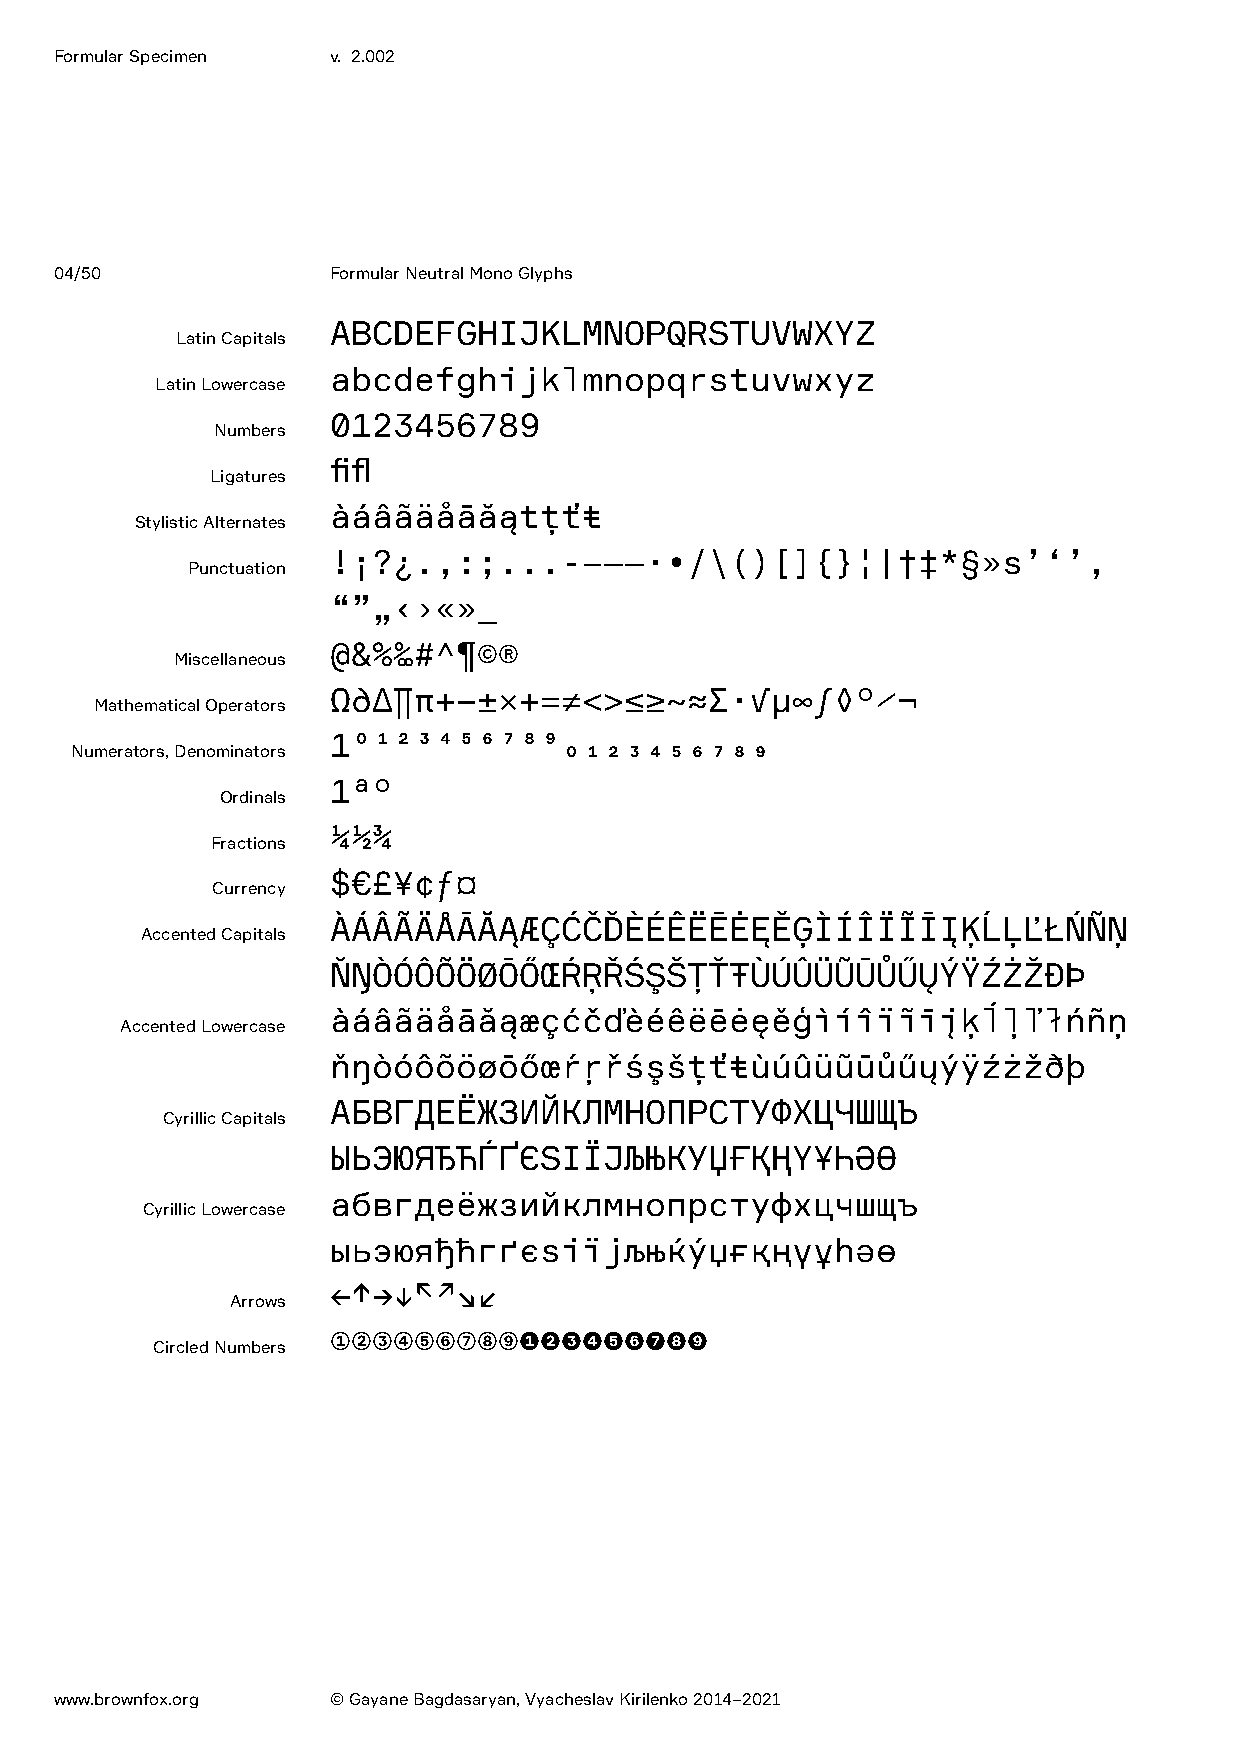
Formular Specimen v. 2.002
 04/50             Formular Neutral Mono Glyphs
 ABCDEFGHIJKLMNOPQRSTUVWXYZ
 Latin Capitals
 abcdefghijklmnopqrstuvwxyz
 Latin Lowercase
 0123456789
 Numbers
 fifl
 Ligatures
 àáâãäåāăątţťŧ
 Stylistic Alternates
 !¡?¿.,:;...-–——·•/\()[]{}¦|†‡*§»s’‘’‚
 Punctuation
 “”„‹›«»_
 @&%‰#^¶©®
 Miscellaneous
 Ω∂∆∏π+−±×÷=≠<>≤≥~≈∑·√μ∞∫◊°⁄¬
 Mathematical Operators
 101234567890123456789
 Numerators, Denominators
 1ª°
 Ordinals
 ¼½¾
 Fractions
 $€£¥¢ƒ¤
 Currency
 ÀÁÂÃÄÅĀĂĄÆÇĆČĎÈÉÊËĒĖĘĚĢÌÍÎÏĨĪĮĶĹĻĽŁŃÑŅ
 Accented Capitals
 ŇŊÒÓÔÕÖØŌŐŒŔŖŘŚŞŠŢŤŦÙÚÛÜŨŪŮŰŲÝŸŹŻŽÐÞ
 àáâãäåāăąæçćčďèéêëēėęěģìíîïĩīįķĺļľłńñņ
 Accented Lowercase
 ňŋòóôõöøōőœŕŗřśşšţťŧùúûüũūůűųýÿźżžðþ
 АБВГДЕЁЖЗИЙКЛМНОПРСТУФХЦЧШЩЪ
 Cyrillic Capitals
 ЫЬЭЮЯЂЋЃҐЄЅІЇЈЉЊЌЎЏҒҚҢҮҰҺӘӨ
 абвгдеёжзийклмнопрстуфхцчшщъ
 Cyrillic Lowercase
 ыьэюяђћѓґєsіїјљњќўџғқңүұһәө
 ←↑→↓↖↗↘↙
 Arrows
 ①②③④⑤⑥⑦⑧⑨❶❷❸❹❺❻❼❽❾
 Circled Numbers
 www.brownfox.org  © Gayane Bagdasaryan, Vyacheslav Kirilenko 2014–2021